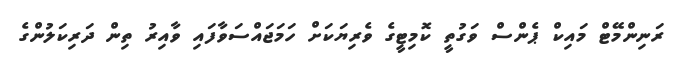
ރަނިންމޭޓް މައިކް ޕެންސް ވަގުތީ ކޮމިޓީގެ ވެރިޔަކަށް ހަމަޖައްސަވާފައި ވާއިރު ތިން ދަރިކަލުންގެ